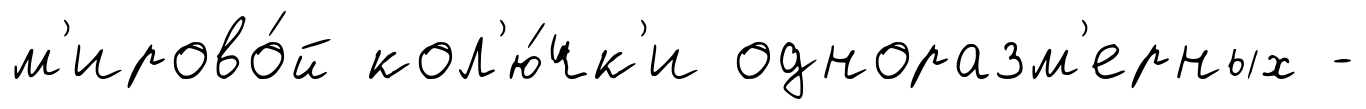
м'ирово́й кол'ю́чк'и одноразм'ерных -